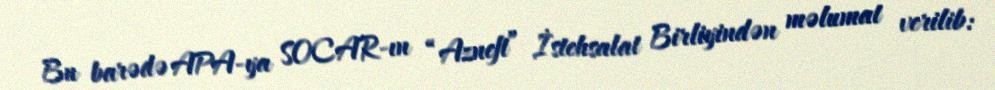
Bu barədə APA-ya SOCAR-ın “Azneft” İstehsalat Birliyindən məlumat verilib: